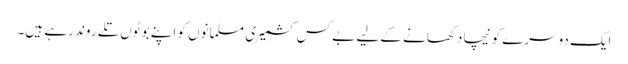
ایک دوسرے کو نیچا دکھانے کے لیے بے کس کشمیری مسلمانوں کو اپنے بوٹوں تلے روند رہے ہیں۔